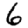
Digit: 6